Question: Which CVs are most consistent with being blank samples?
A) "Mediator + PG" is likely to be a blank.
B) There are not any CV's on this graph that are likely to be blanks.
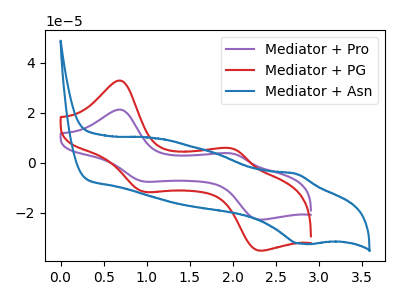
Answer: <think>The purple curve "Mediator + Pro" has anodic peaks at (0.70V, 21.15uA) (2.00V, 3.55uA) and cathodic peaks at (0.95V, -7.50uA) (2.30V, -22.65uA). The red curve "Mediator + PG" has anodic peaks at (0.70V, 32.70uA) (2.00V, 5.45uA) and cathodic peaks at (0.95V, -11.55uA) (2.30V, -35.00uA). The blue curve "Mediator + Asn" has an anodic peak at (2.75V, -4.45uA) and a cathodic peak at (2.80V, -32.20uA).</think>
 <answer>B) There are not any CV's on this graph that are likely to be blanks.</answer>
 <eval>B</eval>